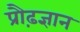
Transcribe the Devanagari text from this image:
प्रौढ़ज्ञान